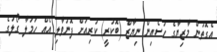
އެގޮތުން މާޒިޔާގެ ހުސެއިން ނިޔާޒް (ބޮކުރީ) ކުރިއަށް ފޮނުވާލި އެއް ހަމަލާ ގޯލުގެ